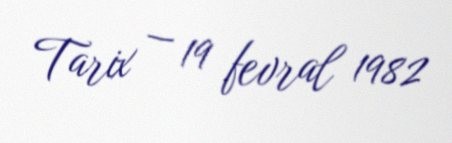
Tarix — 19 fevral 1982